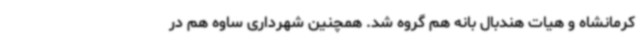
کرمانشاه و هیات هندبال بانه هم گروه شد. همچنین شهرداری ساوه هم در